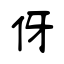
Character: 伢